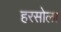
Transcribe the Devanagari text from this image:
हरसोला